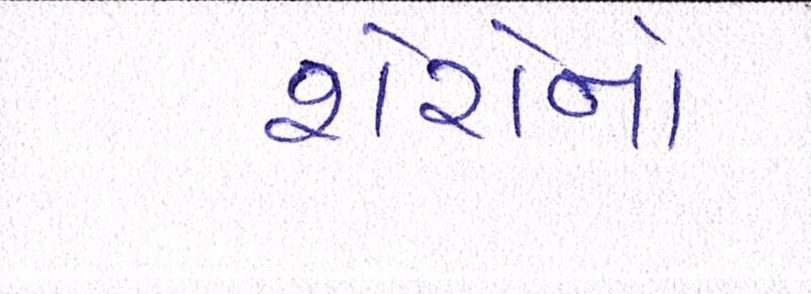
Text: શેરોનો